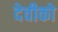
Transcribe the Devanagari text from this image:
देवीको